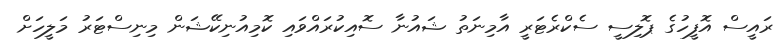
ރައީސް އޮފީހުގެ ޕޮލިސީ ސެކްރެޓަރީ އާމިނަތު ޝައުނާ ސޮއިކުރައްވައި ކޮމިއުނިކޭޝަން މިނިސްޓަރު މަލީހަށް